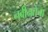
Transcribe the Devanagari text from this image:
नवीनतेचा